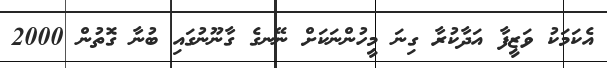
އެކަމަކު ވަޒީފާ އަދާކުރާ ގިނަ މީހުންނަކަށް ނޭނގެ ގާނޫނުގައި ބުނާ ގޮތުން 2000